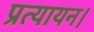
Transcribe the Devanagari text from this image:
प्रत्यायन।